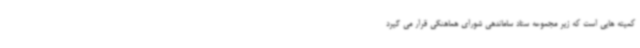
کمیته هایی است که زیر مجموعه ستاد ساماندهی شورای هماهنگی قرار می گیرد